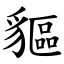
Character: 貙